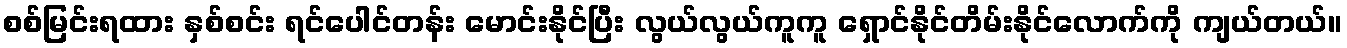
စစ်မြင်းရထား နှစ်စင်း ရင်ပေါင်တန်း မောင်းနိုင်ပြီး လွယ်လွယ်ကူကူ ရှောင်နိုင်တိမ်းနိုင်လောက်ကို ကျယ်တယ်။